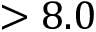
> 8 . 0